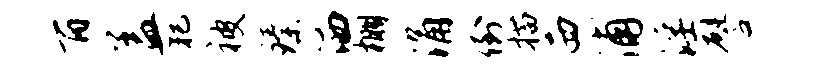
百盖犯被臻洒棚涌倒描西浦淫譬